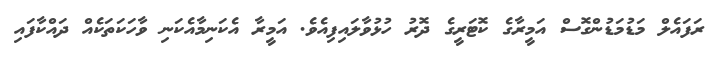
ރަފައެލް މަޑުމަޑުންގޮސް އަމީރާގެ ކޮޓަރީގެ ދޮރު ހުޅުވާލައިފިއެވެ. އަމީރާ އެކަނިމާއެކަނި ވާހަކަތަކެއް ދައްކާފައި